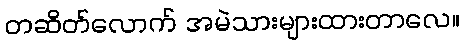
တဆိတ်လောက် အမဲသားများထားတာလေ။